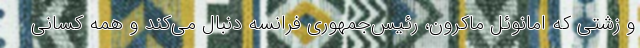
و زشتی که امانوئل ماکرون، رئیس‌جمهوری فرانسه دنبال می‌کند و همه کسانی